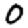
Digit: 0